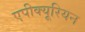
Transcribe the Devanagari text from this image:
एपीक्यूरियन